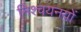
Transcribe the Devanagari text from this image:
निश्चयनयों